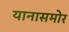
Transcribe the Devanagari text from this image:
यानासमोर